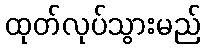
ထုတ်လုပ်သွားမည်